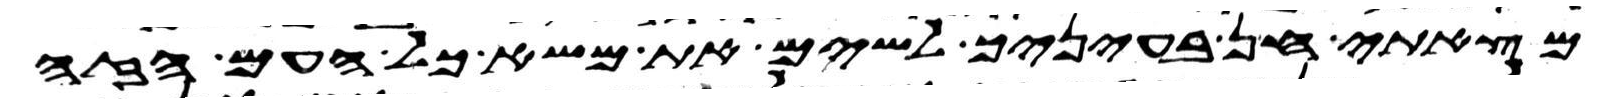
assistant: מצאתי חן בעיניך לשים את משא כל העם הזה